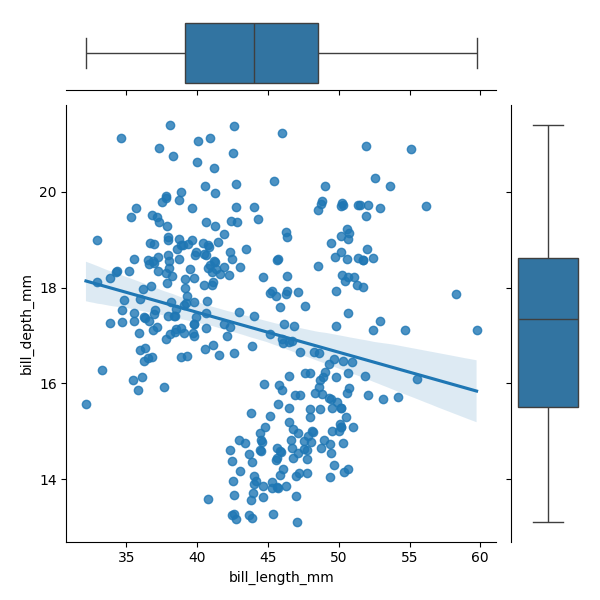
python, seaborn, JointGrid, regplot, boxplot